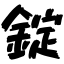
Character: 錠